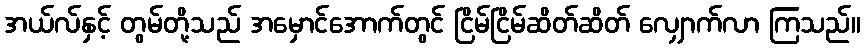
အယ်လ်နှင့် တွမ်တို့သည် အမှောင်အောက်တွင် ငြိမ်ငြိမ်ဆိတ်ဆိတ် လျှောက်လာ ကြသည်။